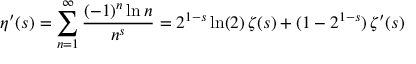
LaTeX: \eta ^ { \prime } ( s ) = \sum _ { n = 1 } ^ { \infty } { \frac { ( - 1 ) ^ { n } \ln n } { n ^ { s } } } = 2 ^ { 1 - s } \ln ( 2 ) \, \zeta ( s ) + ( 1 - 2 ^ { 1 - s } ) \, \zeta ^ { \prime } ( s )